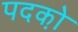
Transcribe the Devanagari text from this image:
पदको़